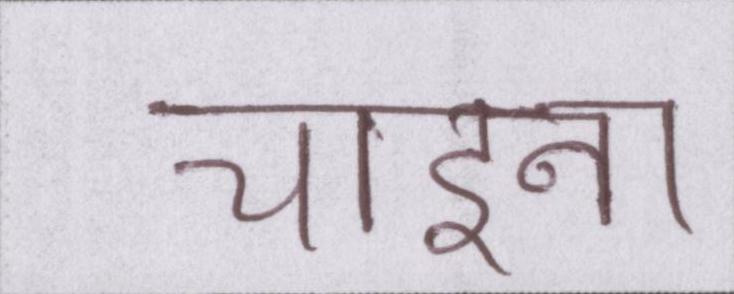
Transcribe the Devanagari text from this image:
चाइना